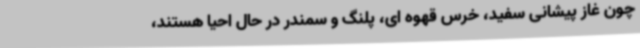
چون غاز پیشانی سفید، خرس قهوه ای، پلنگ و سمندر در حال احیا هستند،